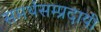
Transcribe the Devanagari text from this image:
समर्थसम्प्रदायी